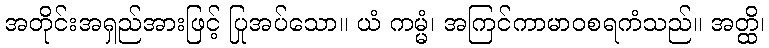
အတိုင်းအရှည်အားဖြင့် ပြုအပ်သော။ ယံ ကမ္မံ၊ အကြင်ကာမာဝစရကံသည်။ အတ္ထိ၊